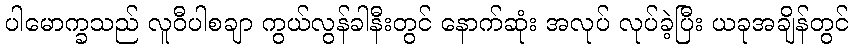
ပါမောက္ခသည် လူဝီပါစချာ ကွယ်လွန်ခါနီးတွင် နောက်ဆုံး အလုပ် လုပ်ခဲ့ပြီး ယခုအချိန်တွင်